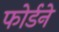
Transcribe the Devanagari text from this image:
फोर्डने